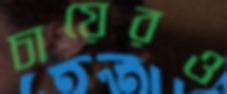
চায়েরও